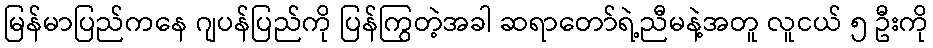
မြန်မာပြည်ကနေ ဂျပန်ပြည်ကို ပြန်ကြွတဲ့အခါ ဆရာတော်ရဲ့ညီမနဲ့အတူ လူငယ် ၅ ဦးကို